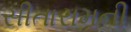
સીતારામની